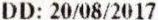
DD: 20/08/2017